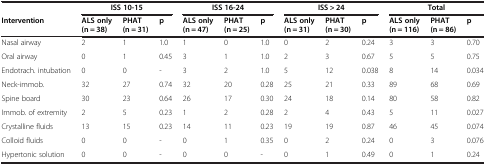
|  | <COLSPAN=3> ISS 10-15 | <COLSPAN=3> ISS 16-24 | <COLSPAN=3> ISS > 24 | <COLSPAN=3> Total |
 | Intervention | ALS only (n = 38) | PHAT (n = 31) | p | ALS only (n = 47) | PHAT (n = 25) | p | ALS only (n = 31) | PHAT (n = 30) | p | ALS only (n = 116) | PHAT (n = 86) | p |
 | --- | --- | --- | --- | --- | --- | --- | --- | --- | --- | --- | --- | --- |
 | Nasal airway | 2 | 1 | 1.0 | 1 | 0 | 1.0 | 0 | 2 | 0.24 | 3 | 3 | 0.70 |
 | Oral airway | 0 | 1 | 0.45 | 3 | 1 | 1.0 | 2 | 3 | 0.67 | 5 | 5 | 0.75 |
 | Endotrach. intubation | 0 | 0 | - | 3 | 2 | 1.0 | 5 | 12 | 0.038 | 8 | 14 | 0.034 |
 | Neck-immob. | 32 | 27 | 0.74 | 32 | 20 | 0.28 | 25 | 21 | 0.33 | 89 | 68 | 0.69 |
 | Spine board | 30 | 23 | 0.64 | 26 | 17 | 0.30 | 24 | 18 | 0.14 | 80 | 58 | 0.82 |
 | Immob. of extremity | 2 | 5 | 0.23 | 1 | 2 | 0.28 | 2 | 4 | 0.43 | 5 | 11 | 0.027 |
 | Crystalline fluids | 13 | 15 | 0.23 | 14 | 11 | 0.23 | 19 | 19 | 0.87 | 46 | 45 | 0.074 |
 | Colloid fluids | 0 | 0 | - | 0 | 1 | 0.35 | 0 | 2 | 0.24 | 0 | 3 | 0.076 |
 | Hypertonic solution | 0 | 0 | - | 0 | 0 | - | 0 | 1 | 0.49 | 0 | 1 | 0.24 |